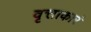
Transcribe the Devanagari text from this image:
वृत्ताकारं